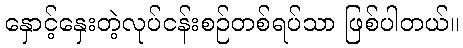
နှောင့်နှေးတဲ့လုပ်ငန်းစဉ်တစ်ရပ်သာ ဖြစ်ပါတယ်။